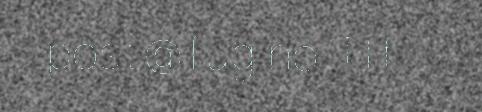
post@fug.no Tlf.: